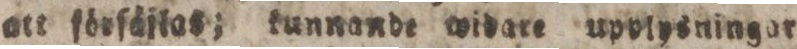
att förſäjlas; kunnande widare upplysningar